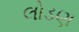
લોડણ